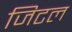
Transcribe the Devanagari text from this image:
जिटल